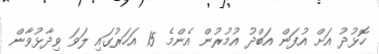
ހޮޅުދު އަށް އުފަން އަބްދު އުމުރުން އެންމެ 15 އަހަރުގައި ލަވަ ވިދާޅުވާން